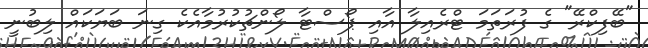
"ބޭފިކްރޭ" ގެ ފުރަތަމަ ޓްރެއިލާ އާއި ޕޯސްޓާ ލޯންޗުކުރުމާއެކެ ގިނަ ބަޔަކައް ލިބުނީ